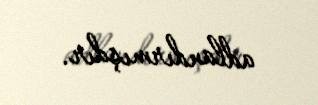
adlandırmışdır.